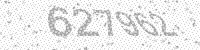
Solution: 627962